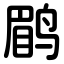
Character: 鹛